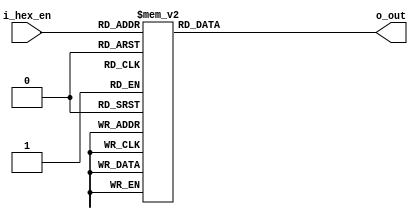
`timescale 1ns / 1ps
//////////////////////////////////////////////////////////////////////////////////
// Company: 
// Engineer: 
// 
// Design Name: 
// Module Name:    Hex_to_seven_seg_converter 
// Project Name: 
// Target Devices: 
// Tool versions: 
// Description: 
//
// Dependencies: 
//
// Revision: 
// Revision 0.01 - File Created
// Additional Comments: 
//
//////////////////////////////////////////////////////////////////////////////////
module seven_seg_display
  #(parameter DATA_WIDTH1 = 4 , 
  parameter DATA_WIDTH2 = 8 
   )
( input [DATA_WIDTH1-1:0] i_hex_en , 
  output  [DATA_WIDTH2-1:0] o_out );
  
  reg [DATA_WIDTH2-1:0] o_seven_seg ;
  
  assign o_out = o_seven_seg ;
	
	always @(*)
	begin
	case(i_hex_en)
	4'h0:o_seven_seg[DATA_WIDTH2-1:0] =	8'b0000_0011; ///digit 0
	4'h1:o_seven_seg[DATA_WIDTH2-1:0] = 8'b1001_1111; //digit 1
	4'h2:o_seven_seg[DATA_WIDTH2-1:0] = 8'b0010_0101;  ///digit 2 
	4'h3:o_seven_seg[DATA_WIDTH2-1:0]=	8'b0000_1101; //digit 3
	4'h4:o_seven_seg[DATA_WIDTH2-1:0] = 8'b1001_1001; //digit 4 
	4'h5:o_seven_seg[DATA_WIDTH2-1:0] = 8'b0100_1001; //digit 5 
	4'h6:o_seven_seg[DATA_WIDTH2-1:0] = 8'b0100_0001; //digit 6
	4'h7:o_seven_seg[DATA_WIDTH2-1:0] = 8'b0001_1111; //digit 7 
	4'h8:o_seven_seg[DATA_WIDTH2-1:0] = 8'b0000_0001;  ///digit 8
	4'h9:o_seven_seg[DATA_WIDTH2-1:0] = 8'b0001_1001;  //digit 9
	4'ha:o_seven_seg[DATA_WIDTH2-1:0] = 8'b0001_0001;  ///digit 10 = a
	4'hb:o_seven_seg[DATA_WIDTH2-1:0] = 8'b1100_0001; //digit 11 = b
	4'hc:o_seven_seg[DATA_WIDTH2-1:0] = 8'b0110_0011; //digit 12 = c
	4'hd:o_seven_seg[DATA_WIDTH2-1:0] = 8'b1000_0101;  //digit 13 = d
	4'he:o_seven_seg[DATA_WIDTH2-1:0] = 8'b0110_0001;  //digit 14 = e
	default:o_seven_seg[DATA_WIDTH2-1:0]  = 8'b0111_0001; //digit 15 = f 
endcase
 end

endmodule